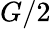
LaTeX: G/2